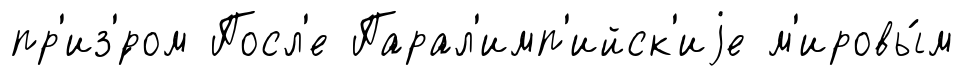
пр'из'́ром Посл'е Парал'имп'ийск'иjе м'ировы́м